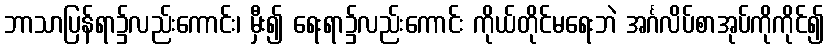
ဘာသာပြန်ရာ၌လည်းကောင်း၊ မှီး၍ ရေးရာ၌လည်းကောင်း ကိုယ်တိုင်မရေးဘဲ အင်္ဂလိပ်စာအုပ်ကိုကိုင်၍